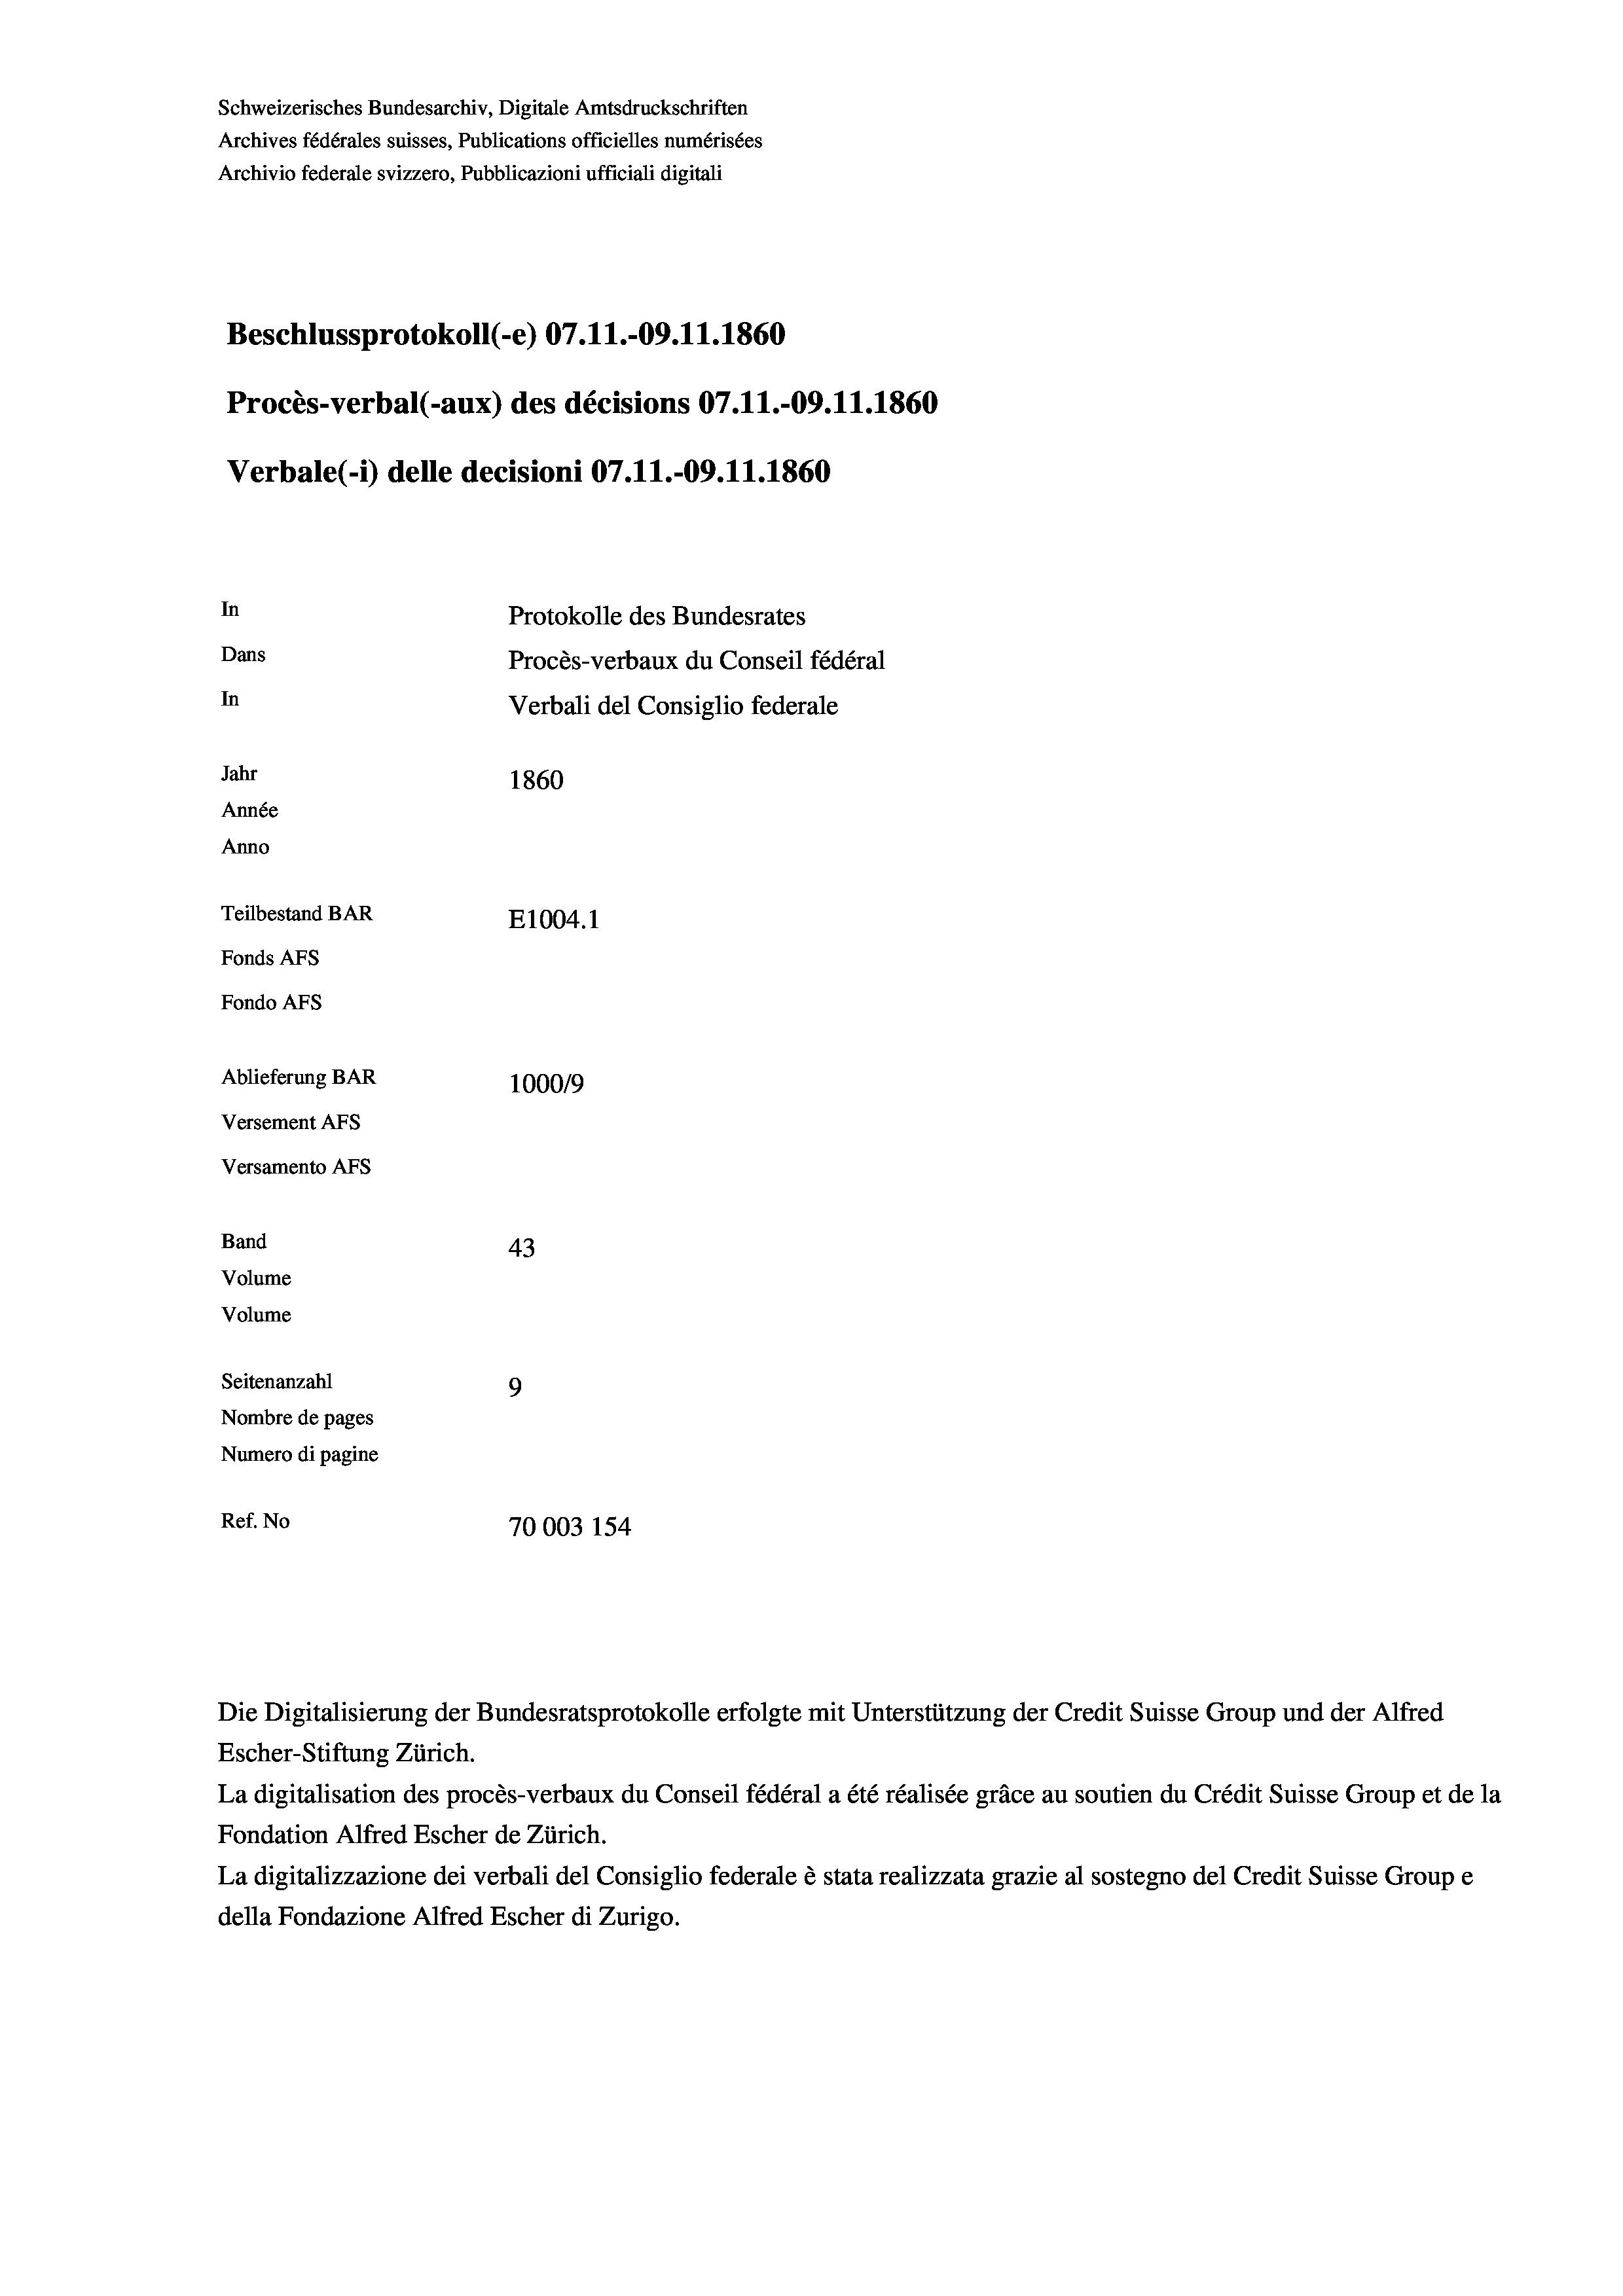
Schweizerisches Bundesarchiv, Digitale Amtsdruckschriften
Archives fédérales suisses, Publications officielles numérisées
Archivio federale svizzero, Pubblicazioni ufficiali digitali
Beschlussprotokoll (-e) 07.11.-09.11.1860
Procès-verbal (-aux) des décisions 07.11.-09.11.1860
Verbale (- 1) delle decisioni 07.11.-09.11.1860
In
Protokolle des Bundesrates
Dans
Procès-verbaux du Conseil fédéral
In
Verbali del Consiglio federale
Jahr
1860
Année
Anno
Teilbestand BAR
E1004.1
Fonds AFs
Fondo Afs
Ablieferung BAR
100019
Versement AFs
Versamento Afs

43
9
Nombre de pages
Numero di pagine
Ref. No
70003 154

Band
Volume
Volume

Seitenanzahl

La digitalisation des procès-verbaux du Conseil fédéral a été réalisée gräce au soutien du Crédit Suisse Group et de la
Fondation Alfred Escher de Zürich.
La digitalizzazione dei verbali del Consiglio federale è stata realizzata grazie al sostegno del Credit Suisse Groupe
della Fondazione Alfred Escher di Zurigo.

Escher-Stiftung Zürich.

Die Digitalisierung der Bundesratsprotokolle erfolgte mit Unterstützung der Credit Suisse Group und der Alfred